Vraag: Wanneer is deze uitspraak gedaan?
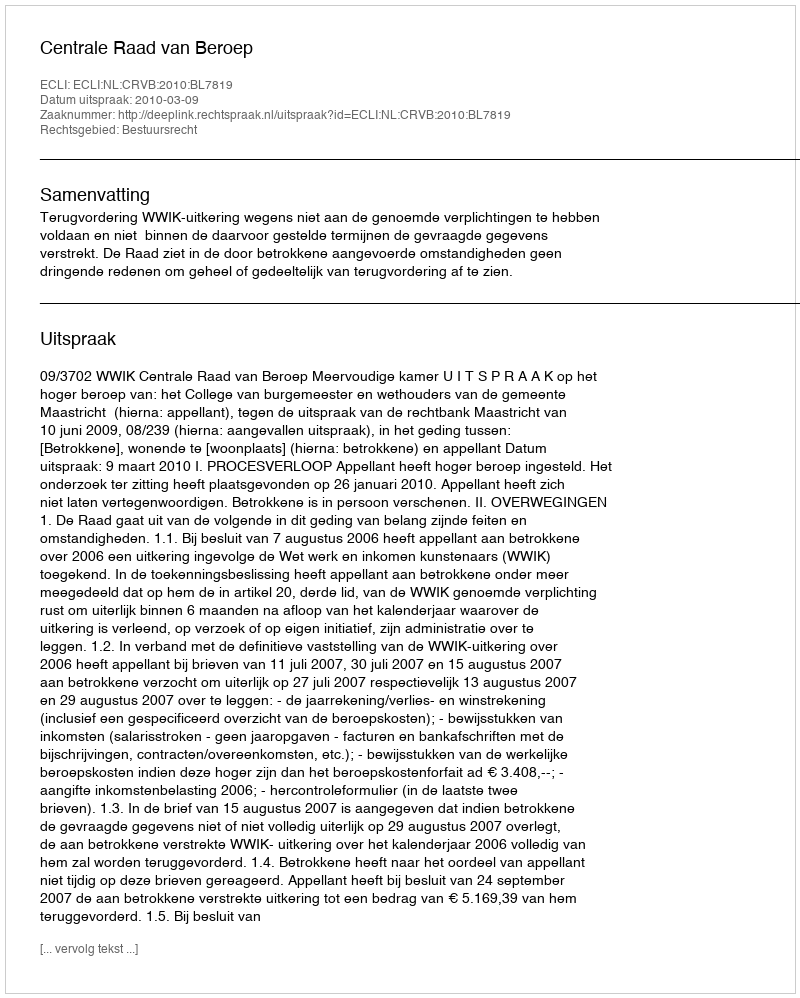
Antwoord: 2010-03-09